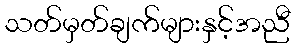
သတ်မှတ်ချက်များနှင့်အညီ